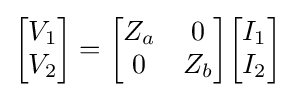
{\begin{bmatrix}V_{1}\\V_{2}\end{bmatrix}}={\begin{bmatrix}Z_{a}&0\\0&Z_{b}\end{bmatrix}}{\begin{bmatrix}I_{1}\\I_{2}\end{bmatrix}}